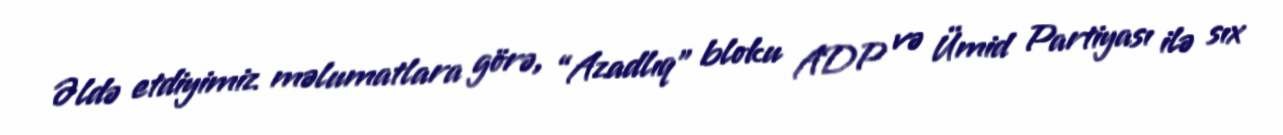
Əldə etdiyimiz məlumatlara görə, “Azadlıq” bloku ADP və Ümid Partiyası ilə sıx